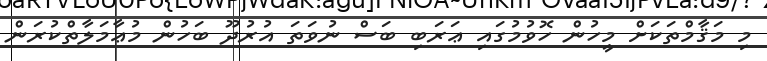
މި މަޤާމްތަކަށް މީހުން ހޮވުމުގައި ޢަރަބި ބަސް ނުވަތަ އުރުދޫ ބަހުން މުޢާމަލާތްކުރަން